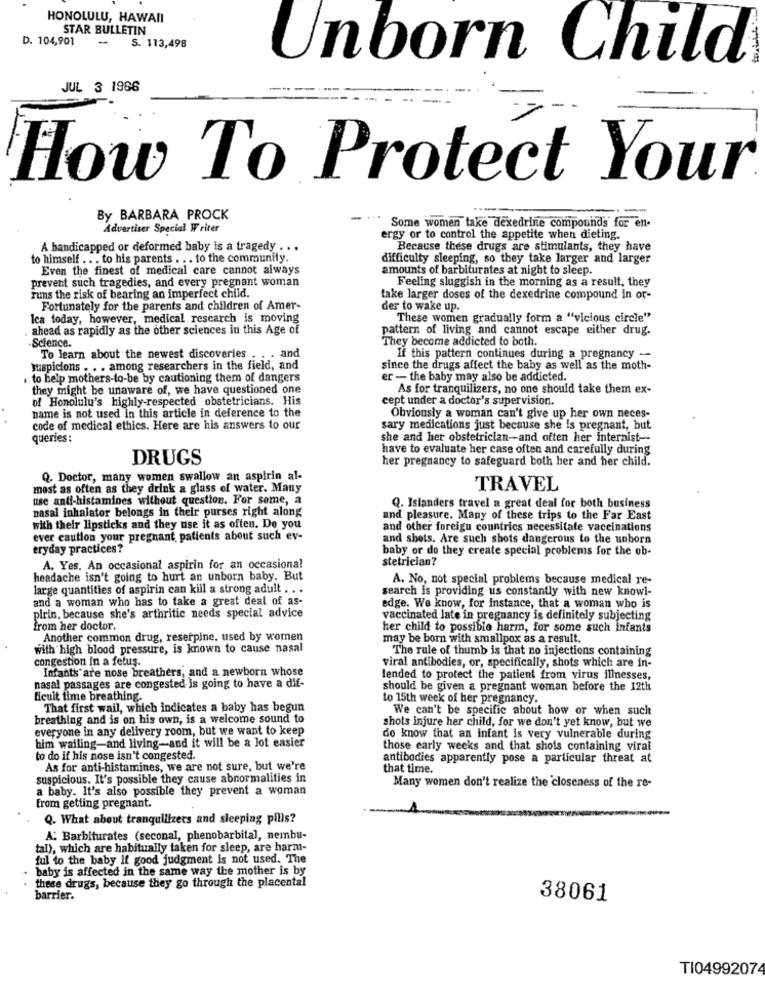
HONOLULU, HAWAII
STAR BULLETIN
D. 104,901
-
S. 113,498
Unborn Child
JUL 3 1966
How To Protect Your
By BARBARA PROCK
Advertiser Special Writer
Some women take dexedrine compounds for en-
ergy or to control the appetite when dieting.
A handicapped or deformed baby is a tragedy . . .
Because these drugs are stimulants, they have
to himself .. . to his parents . . . to the community.
difficulty sleeping, so they take larger and larger
Even the finest of medical care cannot always
amounts of barbiturates at night to sleep.
prevent such tragedies, and every pregnant woman
Feeling sluggish in the morning as a result, they
runs the risk of bearing an imperfect child.
take larger doses of the dexedrine compound In or-
Fortunately for the parents and children of Amer-
der to wake up.
Ica today, however, medical research is moving
These women gradually form a "vicious circle"
. ahead as rapidly as the other sciences in this Age of
pattern of living and cannot escape either drug.
They become addicted to both.
Science.
To learn about the newest discoveries
. and
If this pattern continues during a pregnancy -
suspicions . . . among researchers in the field, and
since the drugs affect the baby as well as the moth-
. to help mothers-to-be by cautioning them of dangers
er - the baby may also be addicted.
they might be unaware of, we have questioned one
As for tranquilizers, no one should take them ex-
of Honolulu's highly-respected obstetricians. His
cept under a doctor's supervision.
name is not used in this article in deference to the
Obviously a woman can't give up her own neces-
code of medical ethics. Here are his answers to our
sary medications just because she is pregnant, but
queries:
she and her obstetrician-and often her internist --
have to evaluate her case often and carefully during
DRUGS
her pregnancy to safeguard both her and her child.
Q. Doctor, many women swallow an aspirin al-
most as often as they drink a glass of water. Many
TRAVEL
use anti-histamines without question. For some, a
nasal inhalator belongs in their purses right along
Q. Islanders travel a great deal for both business
and pleasure. Many of these trips to the Far East
with their lipsticks and they use it as often. Do you
and other foreign countries necessitate vaccinations
ever caution your pregnant, patients about such ev-
and shots. Are such shots dangerous to the unborn
eryday practices?
baby or do they create special problems for the ob-
stetrician?
A. Yes. An occasional aspirin for an occasional
headache isn't going to hurt an unborn baby. But
A. No, not special problems because medical re-
large quantities of aspirin can kill a strong adult . . .
search is providing us constantly with new knowl-
and a woman who has to take a great deal of as-
edge. We know, for Instance, that a woman who is
pirin, because she's arthritic needs special advice
vaccinated late in pregnancy is definitely subjecting
from her doctor.
her child to possible harm, for some such infants
Another common drug, reserpine. used by women
may be born with smallpox as a result.
with high blood pressure, is known to cause nasal
The rule of thumb is that no injections containing
congestion In a fetus.
Infants are nose breathers, and a newborn whose
viral antibodies, or, specifically, shots which are in-
fended to protect the patient from virus illnesses,
nasal passages are congested is going to have a dif-
should be given a pregnant woman before the 12th
licuit time breathing.
to 15th week of her pregnancy.
That first wail, which indicates a baby has begun
We can't be specific about how or when such
breathing and is on his own, is a welcome sound to
shots injure her child, for we don't yet know, but we
everyone in any delivery room, but we want to keep
him walling-and living-and it will be a lot easier
do know that an infant is very vulnerable during
those early weeks and that shots containing viral
to do if his nose isn't congested.
antibodies apparently pose a particular threat at
As for anti-histamines, we are not sure, but we're
that time.
suspicious. It's possible they cause abnormalities in
a baby. It's also possible they prevent a woman
Many women don't realize the closeness of the re-
from getting pregnant.
Q. What about tranquilizers and sleeping pills?
A: Barbiturates (seconal, phenobarbital, nembu-
tal), which are habitually taken for sleep, are harm-
ful to the baby if good judgment is not used. The
baby is affected in the same way the mother is by
these drugs, because they go through the placental
barrier.
38061
TI0499207